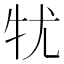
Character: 𤘜